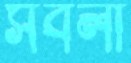
সবলা